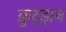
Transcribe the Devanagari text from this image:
क्रुट्झन